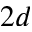
2 d